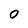
Character: O